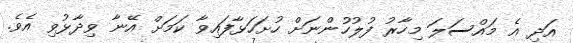
އަދި އެ މައްސަލަ މިހާރު ފުލުހުންނަށް ހުށަހަޅާފައިވާ ކަމަށް އޭނާ ވިދާޅުވި އެވެ.